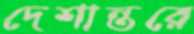
দেশান্তরে